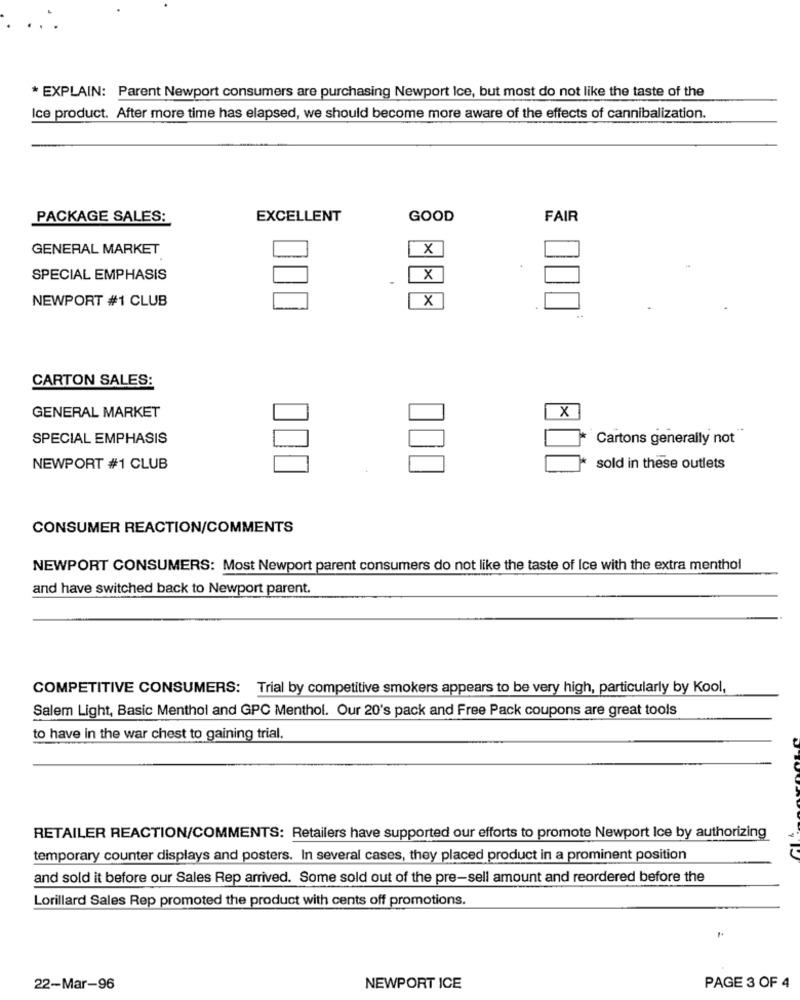
* EXPLAIN: Parent Newport consumers are purchasing Newport Ice, but most do not like the taste of the
Ice product. After more time has elapsed, we should become more aware of the effects of cannibalization.
PACKAGE SALES:
EXCELLENT
GOOD
FAIR
GENERAL MARKET
X
SPECIAL EMPHASIS
X
NEWPORT #1 CLUB
X
CARTON SALES:
X
GENERAL MARKET
SPECIAL EMPHASIS
Cartons generally not
NEWPORT #1 CLUB
sold in these outlets
CONSUMER REACTION/COMMENTS
NEWPORT CONSUMERS: Most Newport parent consumers do not like the taste of Ice with the extra menthol
and have switched back to Newport parent.
COMPETITIVE CONSUMERS: Trial by competitive smokers appears to be very high, particularly by Kool,
Salem Light, Basic Menthol and GPC Menthol. Our 20's pack and Free Pack coupons are great tools
to have in the war chest to gaining trial.
RETAILER REACTION/COMMENTS: Retailers have supported our efforts to promote Newport Ice by authorizing
temporary counter displays and posters. In several cases, they placed product in a prominent position
and sold it before our Sales Rep arrived. Some sold out of the pre-sell amount and reordered before the
Lorillard Sales Rep promoted the product with cents off promotions.
22-Mar-96
NEWPORT ICE
PAGE 3 OF 4